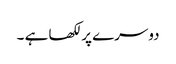
دوسرے پر لکھا ہے ۔